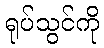
ရုပ်သွင်ကို